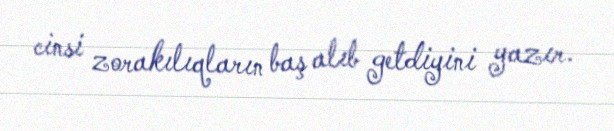
cinsi zorakılıqların baş alıb getdiyini yazır.